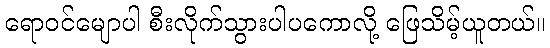
ရောဝင်မျောပါ စီးလိုက်သွားပါပကောလို့ ဖြေသိမ့်ယူတယ်။